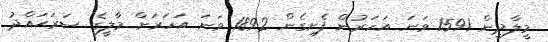
މީލާދީން 1591 ވަނަ އަހަރުން ފެށިގެން 1892 ވަނަ އަހަރަށް މާލީގެ ސަރަޙައްދު